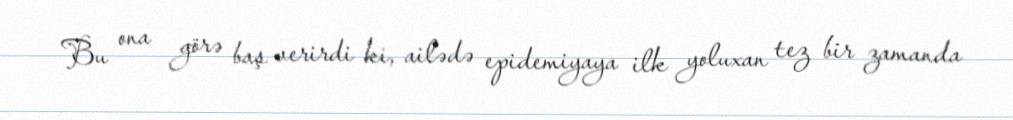
Bu ona görə baş verirdi ki, ailədə epidemiyaya ilk yoluxan tez bir zamanda